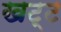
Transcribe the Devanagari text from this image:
खट्ट